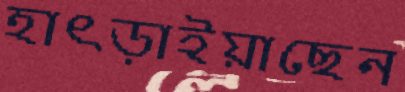
হাৎড়াইয়াছেন